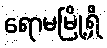
ရောမမြို့ရှိ